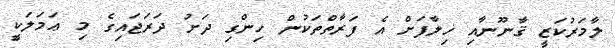
ލާމަރުކަޒީ ޤާނޫނާއި ޚިލާފަށް އެ ފަރާތްތަކުން ހިންގި ދަށު ދަރަޖައިގެ މި ޢަމަލަކީ